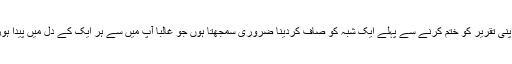
اب میں اپنی تقریر کو ختم کرنے سے پہلے ایک شبہ کو صاف کردینا ضروری سمجھتا ہوں جو غالباً آپ میں سے ہر ایک کے دل میں پیدا ہورہا ہوگا۔